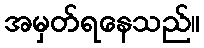
အမှတ်ရနေသည်။